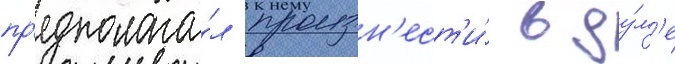
пр'едполага́л произн'ест'и́ в ду́м'е